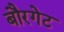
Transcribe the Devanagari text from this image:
बौरगेट